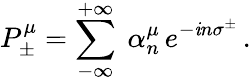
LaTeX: P_{\pm}^{\mu}=\sum_{-\infty}^{+\infty}\ \alpha_{n}^{\mu}\, e^{-\mathit{i}n\sigma^{\pm}}\, .